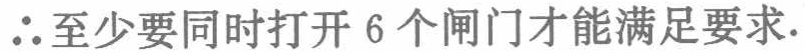
\(\therefore\)至少要同时打开 \(6\) 个闸门才能满足要求.